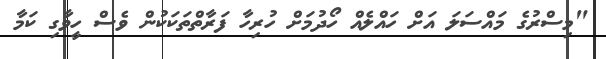
"މިސްރުގެ މައްސަލަ އަށް ހައްލެއް ހޯދުމަށް ހުރިހާ ފަރާތްތަކަކުން ވެސް ހީވާގި ކަމާ